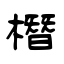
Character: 橬